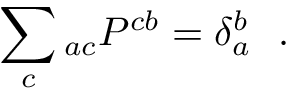
\sum _ { c } \O _ { a c } P ^ { c b } = \delta _ { a } ^ { b } \ \ .